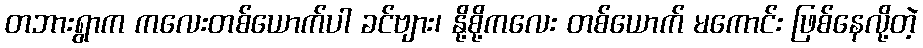
တဘားရွာက ကလေးတစ်ယောက်ပါ ခင်ဗျား၊ နို့စို့ကလေး တစ်ယောက် မကောင်း ဖြစ်နေလို့တဲ့